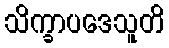
သိက္ခာပဒေသူတိ